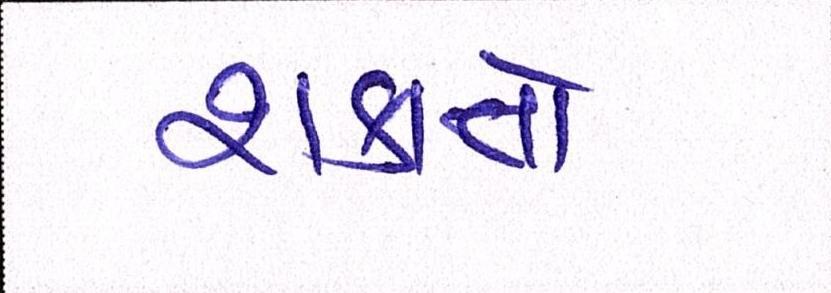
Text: શકાતો